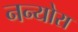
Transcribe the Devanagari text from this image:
नन्योरा